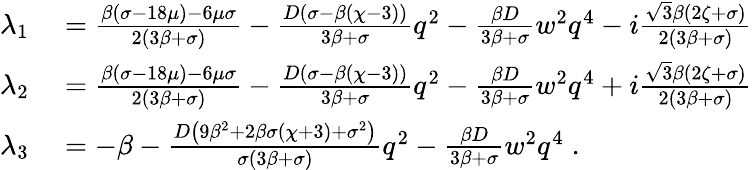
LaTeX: \begin{array}{rl}{\lambda_{1}}&{{}=\frac{\beta(\sigma-18\mu)-6\mu\sigma}{2(3\beta+\sigma)}-\frac{D(\sigma-\beta(\chi-3))}{3\beta+\sigma}q^{2}-\frac{\beta D}{3\beta+\sigma}w^{2}q^{4}-i\frac{\sqrt{3}\beta(2\zeta+\sigma)}{2(3\beta+\sigma)}}\\ {\lambda_{2}}&{{}=\frac{\beta(\sigma-18\mu)-6\mu\sigma}{2(3\beta+\sigma)}-\frac{D(\sigma-\beta(\chi-3))}{3\beta+\sigma}q^{2}-\frac{\beta D}{3\beta+\sigma}w^{2}q^{4}+i\frac{\sqrt{3}\beta(2\zeta+\sigma)}{2(3\beta+\sigma)}}\\ {\lambda_{3}}&{{}=-\beta-\frac{D\left(9\beta^{2}+2\beta\sigma(\chi+3)+\sigma^{2}\right)}{\sigma(3\beta+\sigma)}q^{2}-\frac{\beta D}{3\beta+\sigma}w^{2}q^{4}\; .}\end{array}